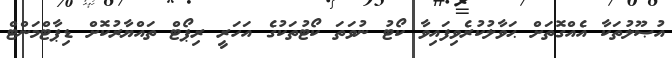
އުޞޫލުތަކާ އެއްގޮތަށް ޙަވާލުކުރެވިފައިވާ ކޯޓު ނުވަތަ ކޯޓުތަކުގެ އަހަރީ ރިޕޯޓް ތައްޔާރުކޮށް ޑިޕާޓްމަންޓް